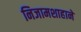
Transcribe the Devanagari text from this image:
निजामशाहाने